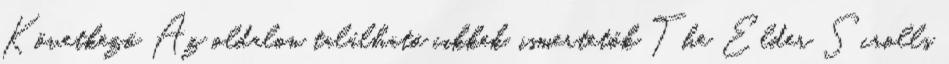
Következő Az oldalon található cikkek, ismertetők The Elder Scrolls